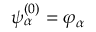
\psi _ { \alpha } ^ { ( 0 ) } = \varphi _ { \alpha }